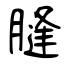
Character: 膖